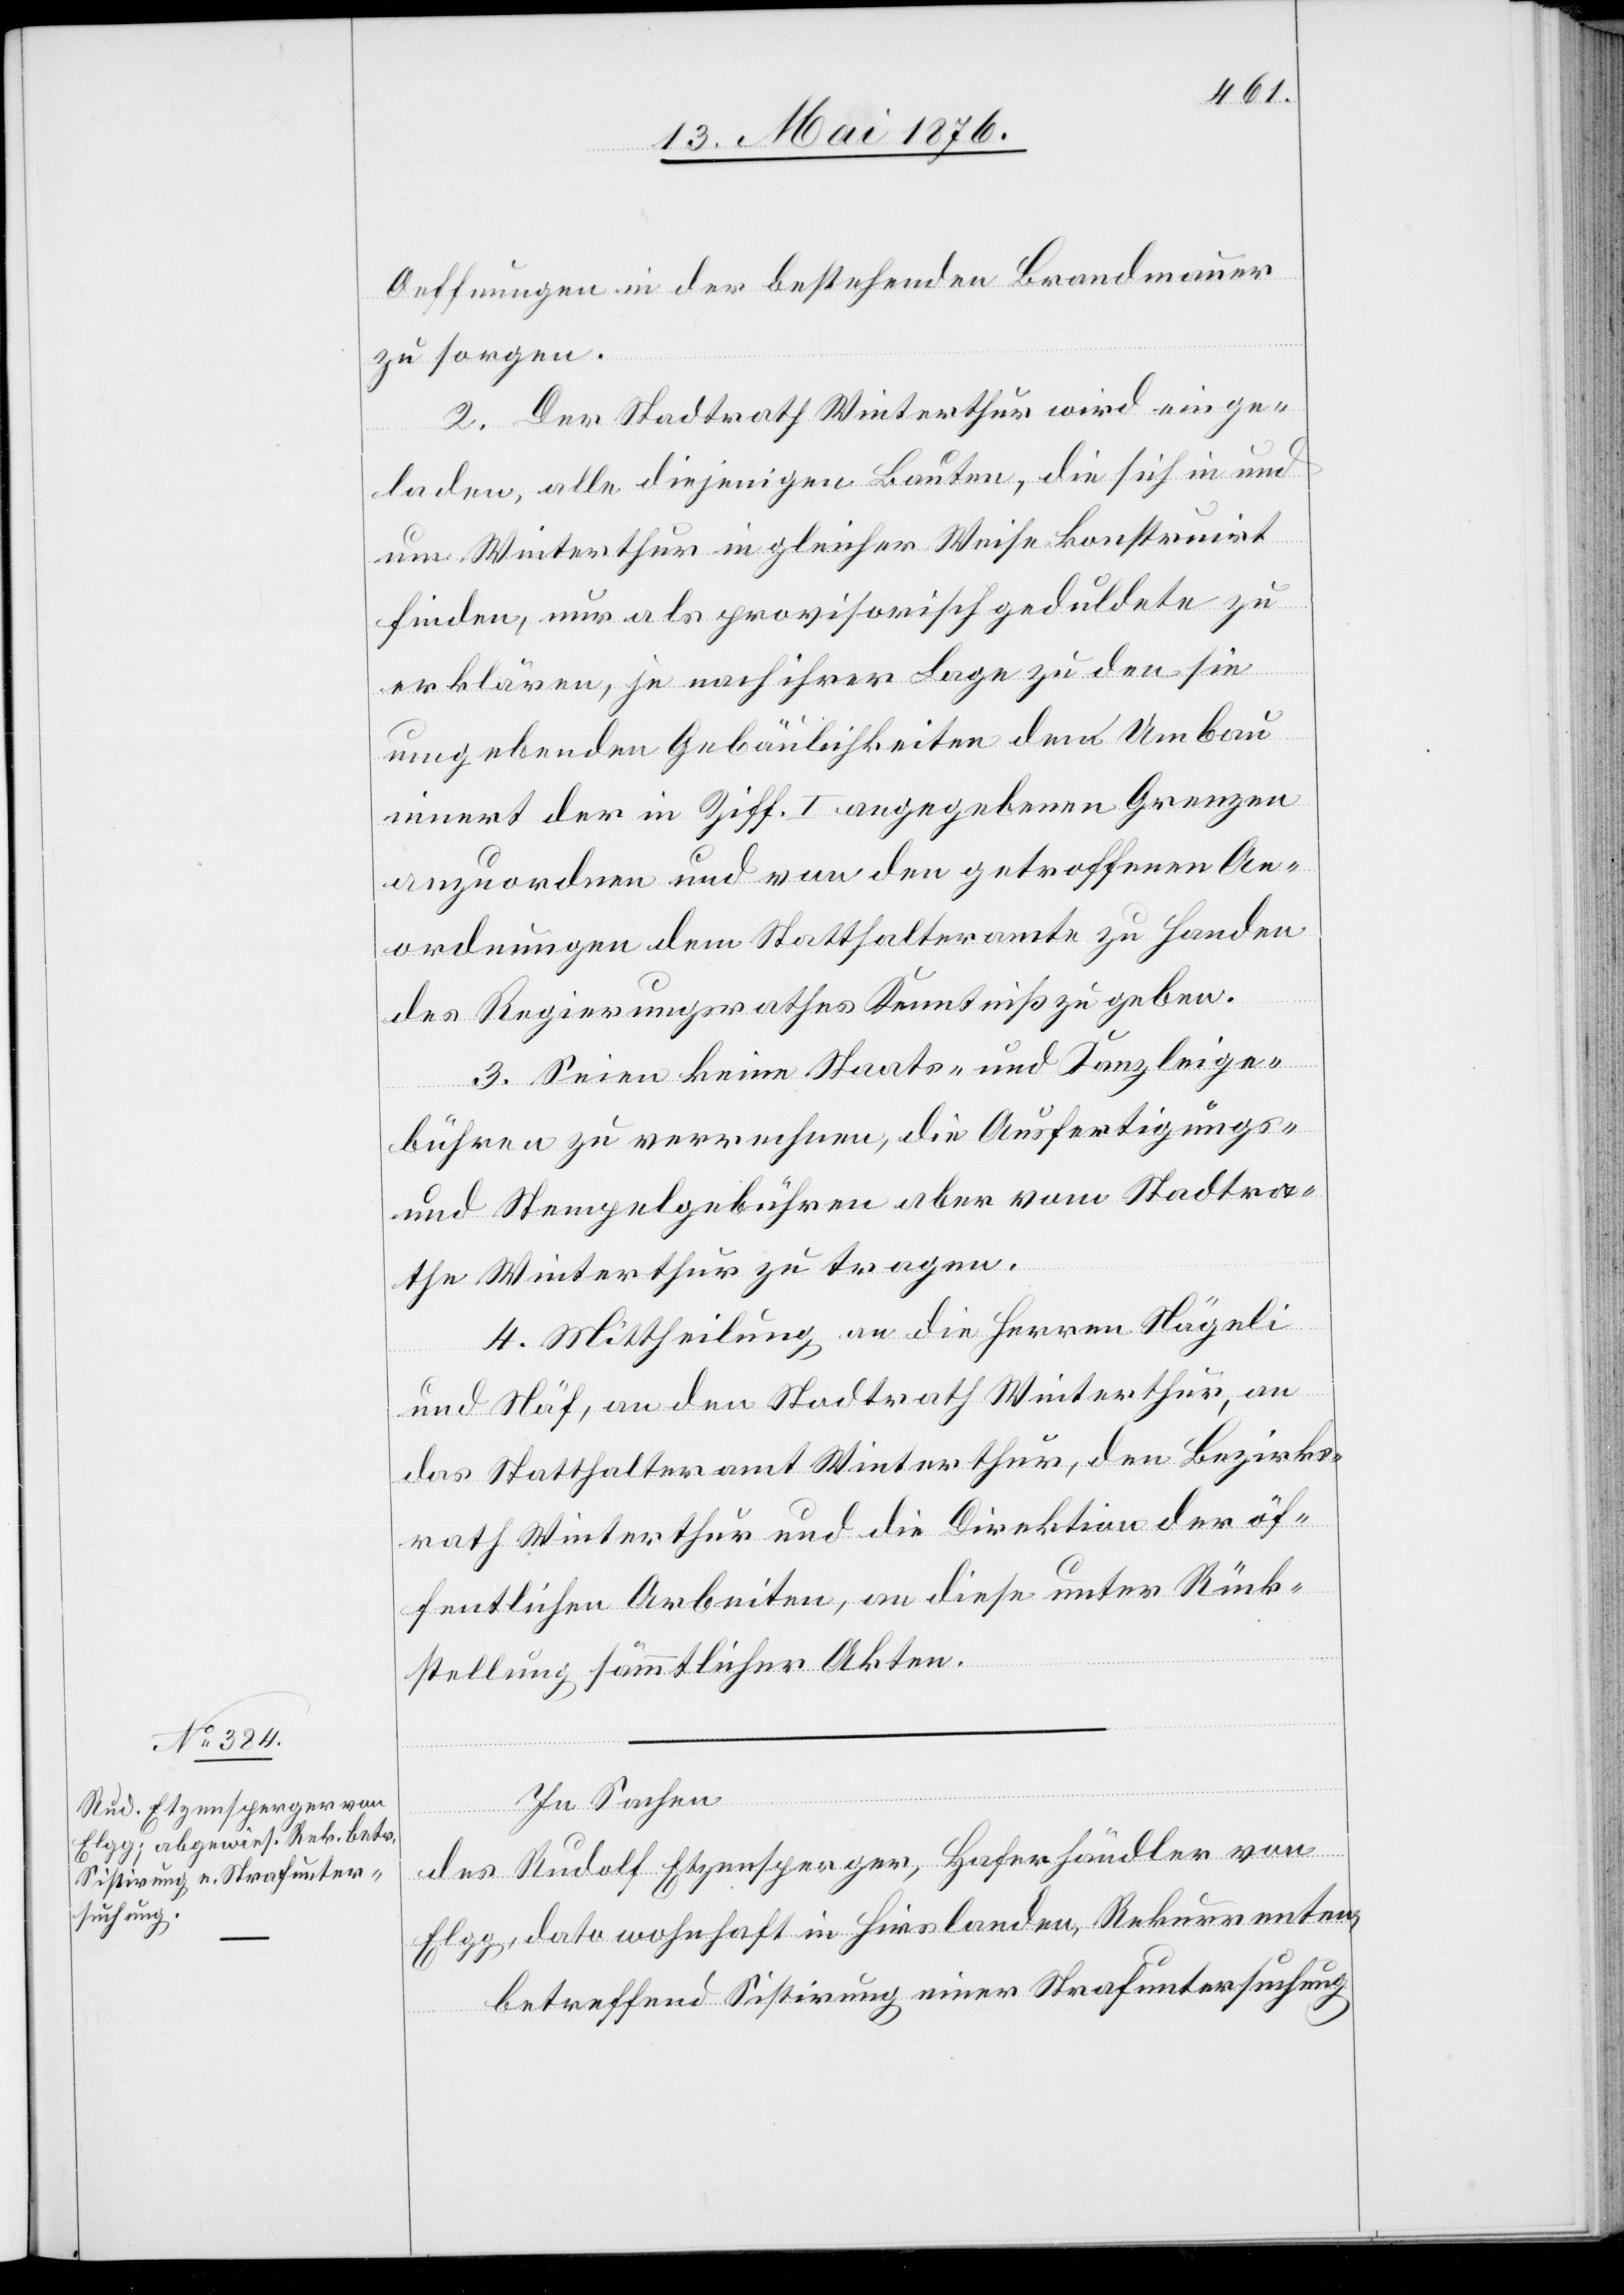
Oeffnungen in der bestehenden Brandmauer
zu sorgen.
2. Der Stadtrath Winterthur wird einge¬
laden, alle diejenigen Bauten, die sich in und
um Winterthur in gleicher Weise konstruirt
finden, nur als provisorisch geduldete zu
erklären, je nach ihrer Lage zu den sie
umgebenden Gebäulichkeiten den Umbau
innert der in Ziff. I angegebenen Grenzen
anzuordnen und von den getroffenen An¬
ordnungen dem Statthalteramte zu Handen
des Regierungsrathes Kenntniß zu geben.
3. Seien keine Staats- und Kanzleige¬
bühren zu verrechnen, die Ausfertigungs-
und Stempelgebühren aber vom Stadtra¬
the Winterthur zu tragen.
4. Mittheilung an die Herren Nägeli
und Näf, an den Stadtrath Winterthur, an
das Statthalteramt Winterthur, den Bezirks¬
rath Winterthur und an die Direktion der öf¬
fentlichen Arbeiten, an diese unter Rück¬
stellung sämmtlicher Akten.
In Sachen
des Rudolf Etzensperger, Haferhändler von
Elgg, dato wohnhaft in Hirslanden, Rekurrenten
betreffend Sistirung einer Strafuntersuchung